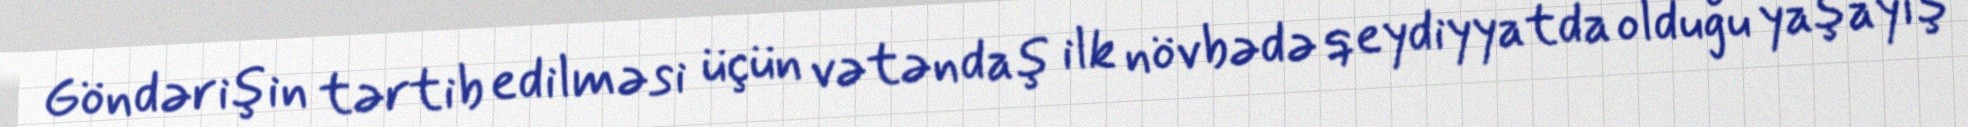
Göndərişin tərtib edilməsi üçün vətəndaş ilk növbədə qeydiyyatda olduğu yaşayış